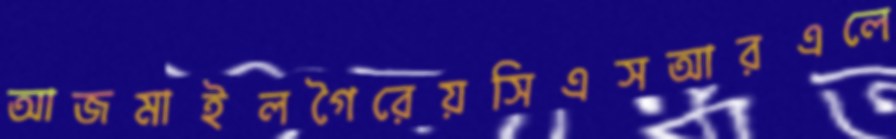
আজমাইলগৈরেয়সিএসআরএলে